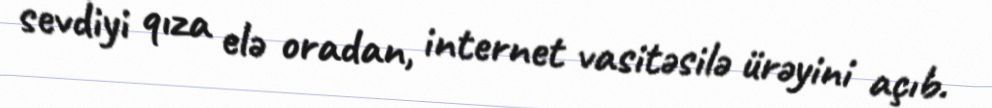
sevdiyi qıza elə oradan, internet vasitəsilə ürəyini açıb.